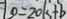
1 0 = 2 0 k + b